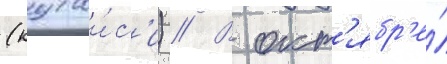
(кутаи́с'и) // В окт'ябр'е́